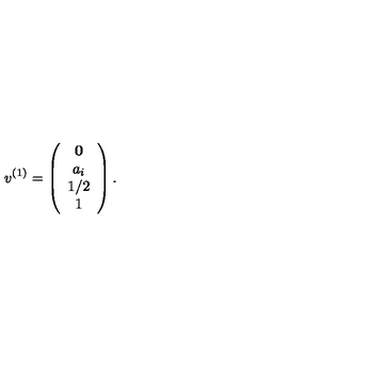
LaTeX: v ^ { ( 1 ) } = \left( \begin{array} { c c c } { { \bf 0 } } \\ { a _ { i } } \\ { 1 / 2 } \\ { 1 } \\ \end{array} \right) .